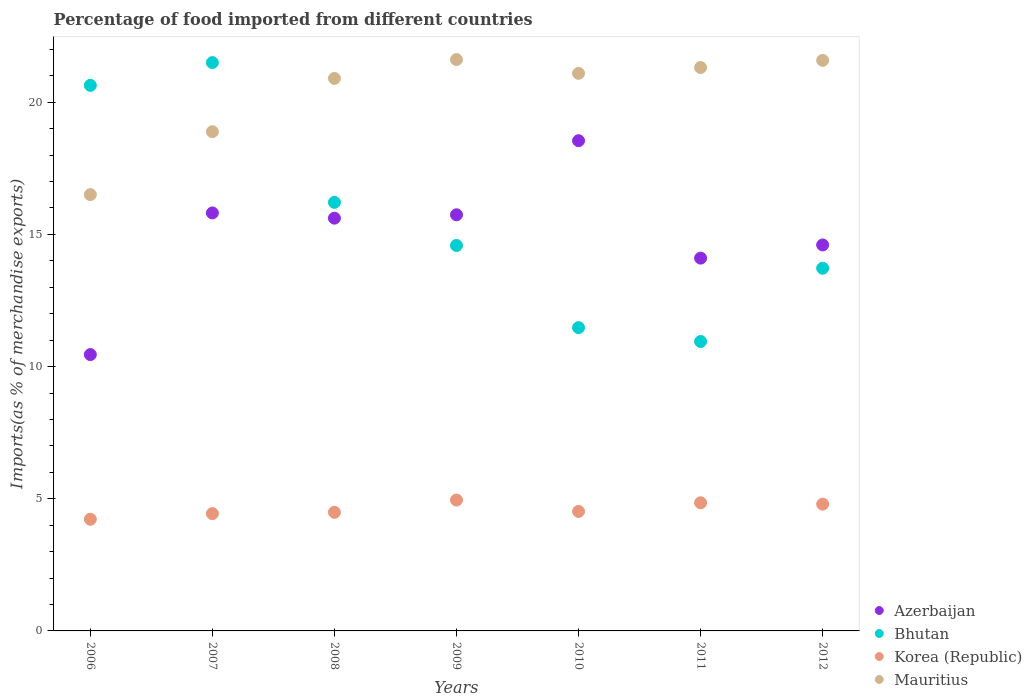
| Years | Azerbaijan | Bhutan | Korea (Republic) | Mauritius |
 | --- | --- | --- | --- | --- |
 | 2006 | 10.5 | 20.6 | 4.23 | 16.5 |
 | 2007 | 15.8 | 21.5 | 4.44 | 18.9 |
 | 2008 | 15.6 | 16.2 | 4.49 | 20.9 |
 | 2009 | 15.7 | 14.6 | 4.95 | 21.6 |
 | 2010 | 18.5 | 11.5 | 4.52 | 21.1 |
 | 2011 | 14.1 | 10.9 | 4.85 | 21.3 |
 | 2012 | 14.6 | 13.7 | 4.8 | 21.6 |